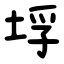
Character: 垺